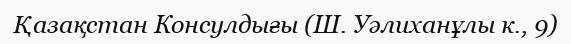
Қазақстан Консулдығы (Ш. Уәлиханұлы к., 9)